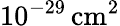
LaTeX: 10^{-29}\, \textrm{cm}^{2}